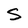
Character: S